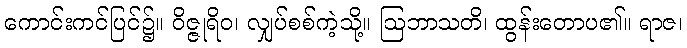
ကောင်းကင်ပြင်၌။ ဝိဇ္ဇုရိဝ၊ လျှပ်စစ်ကဲ့သို့။ ဩဘာသတိ၊ ထွန်းတောပ၏။ ရာဇ၊